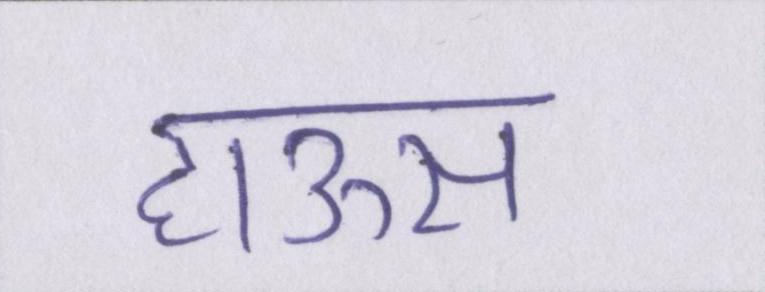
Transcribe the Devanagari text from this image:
हाऊस